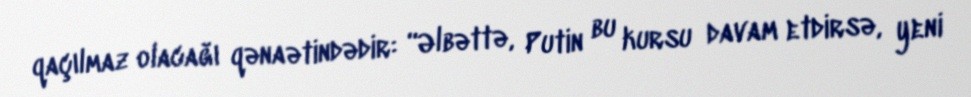
qaçılmaz olacağı qənaətindədir: “Əlbəttə, Putin bu kursu davam etdirsə, yeni